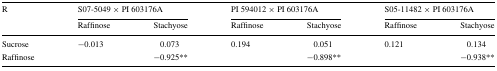
| <ROWSPAN=2> R | <COLSPAN=2> S07-5049 × PI 603176A | <COLSPAN=2> PI 594012 × PI 603176A | <COLSPAN=2> S05-11482 × PI 603176A |
 | Raffinose | Stachyose | Raffinose | Stachyose | Raffinose | Stachyose |
 | --- | --- | --- | --- | --- | --- | --- |
 | Sucrose | −0.013 | 0.073 | 0.194 | 0.051 | 0.121 | 0.134 |
 | Raffinose |  | −0.925** |  | −0.898** |  | −0.938** |